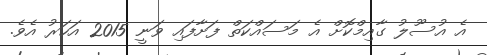
އެ އުސޫލު ގާއިމްކޮށް އެ މަސައްކަތް ފަށާފައި ވަނީ 2015 އަހަރު އެވެ.